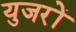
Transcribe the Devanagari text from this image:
युजरों